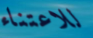
للاعتناء